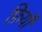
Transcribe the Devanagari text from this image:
फ़ियॉँ